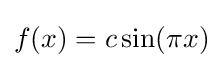
f(x)=c\sin(\pi x)